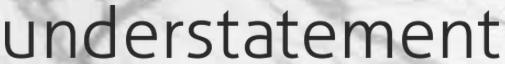
understatement